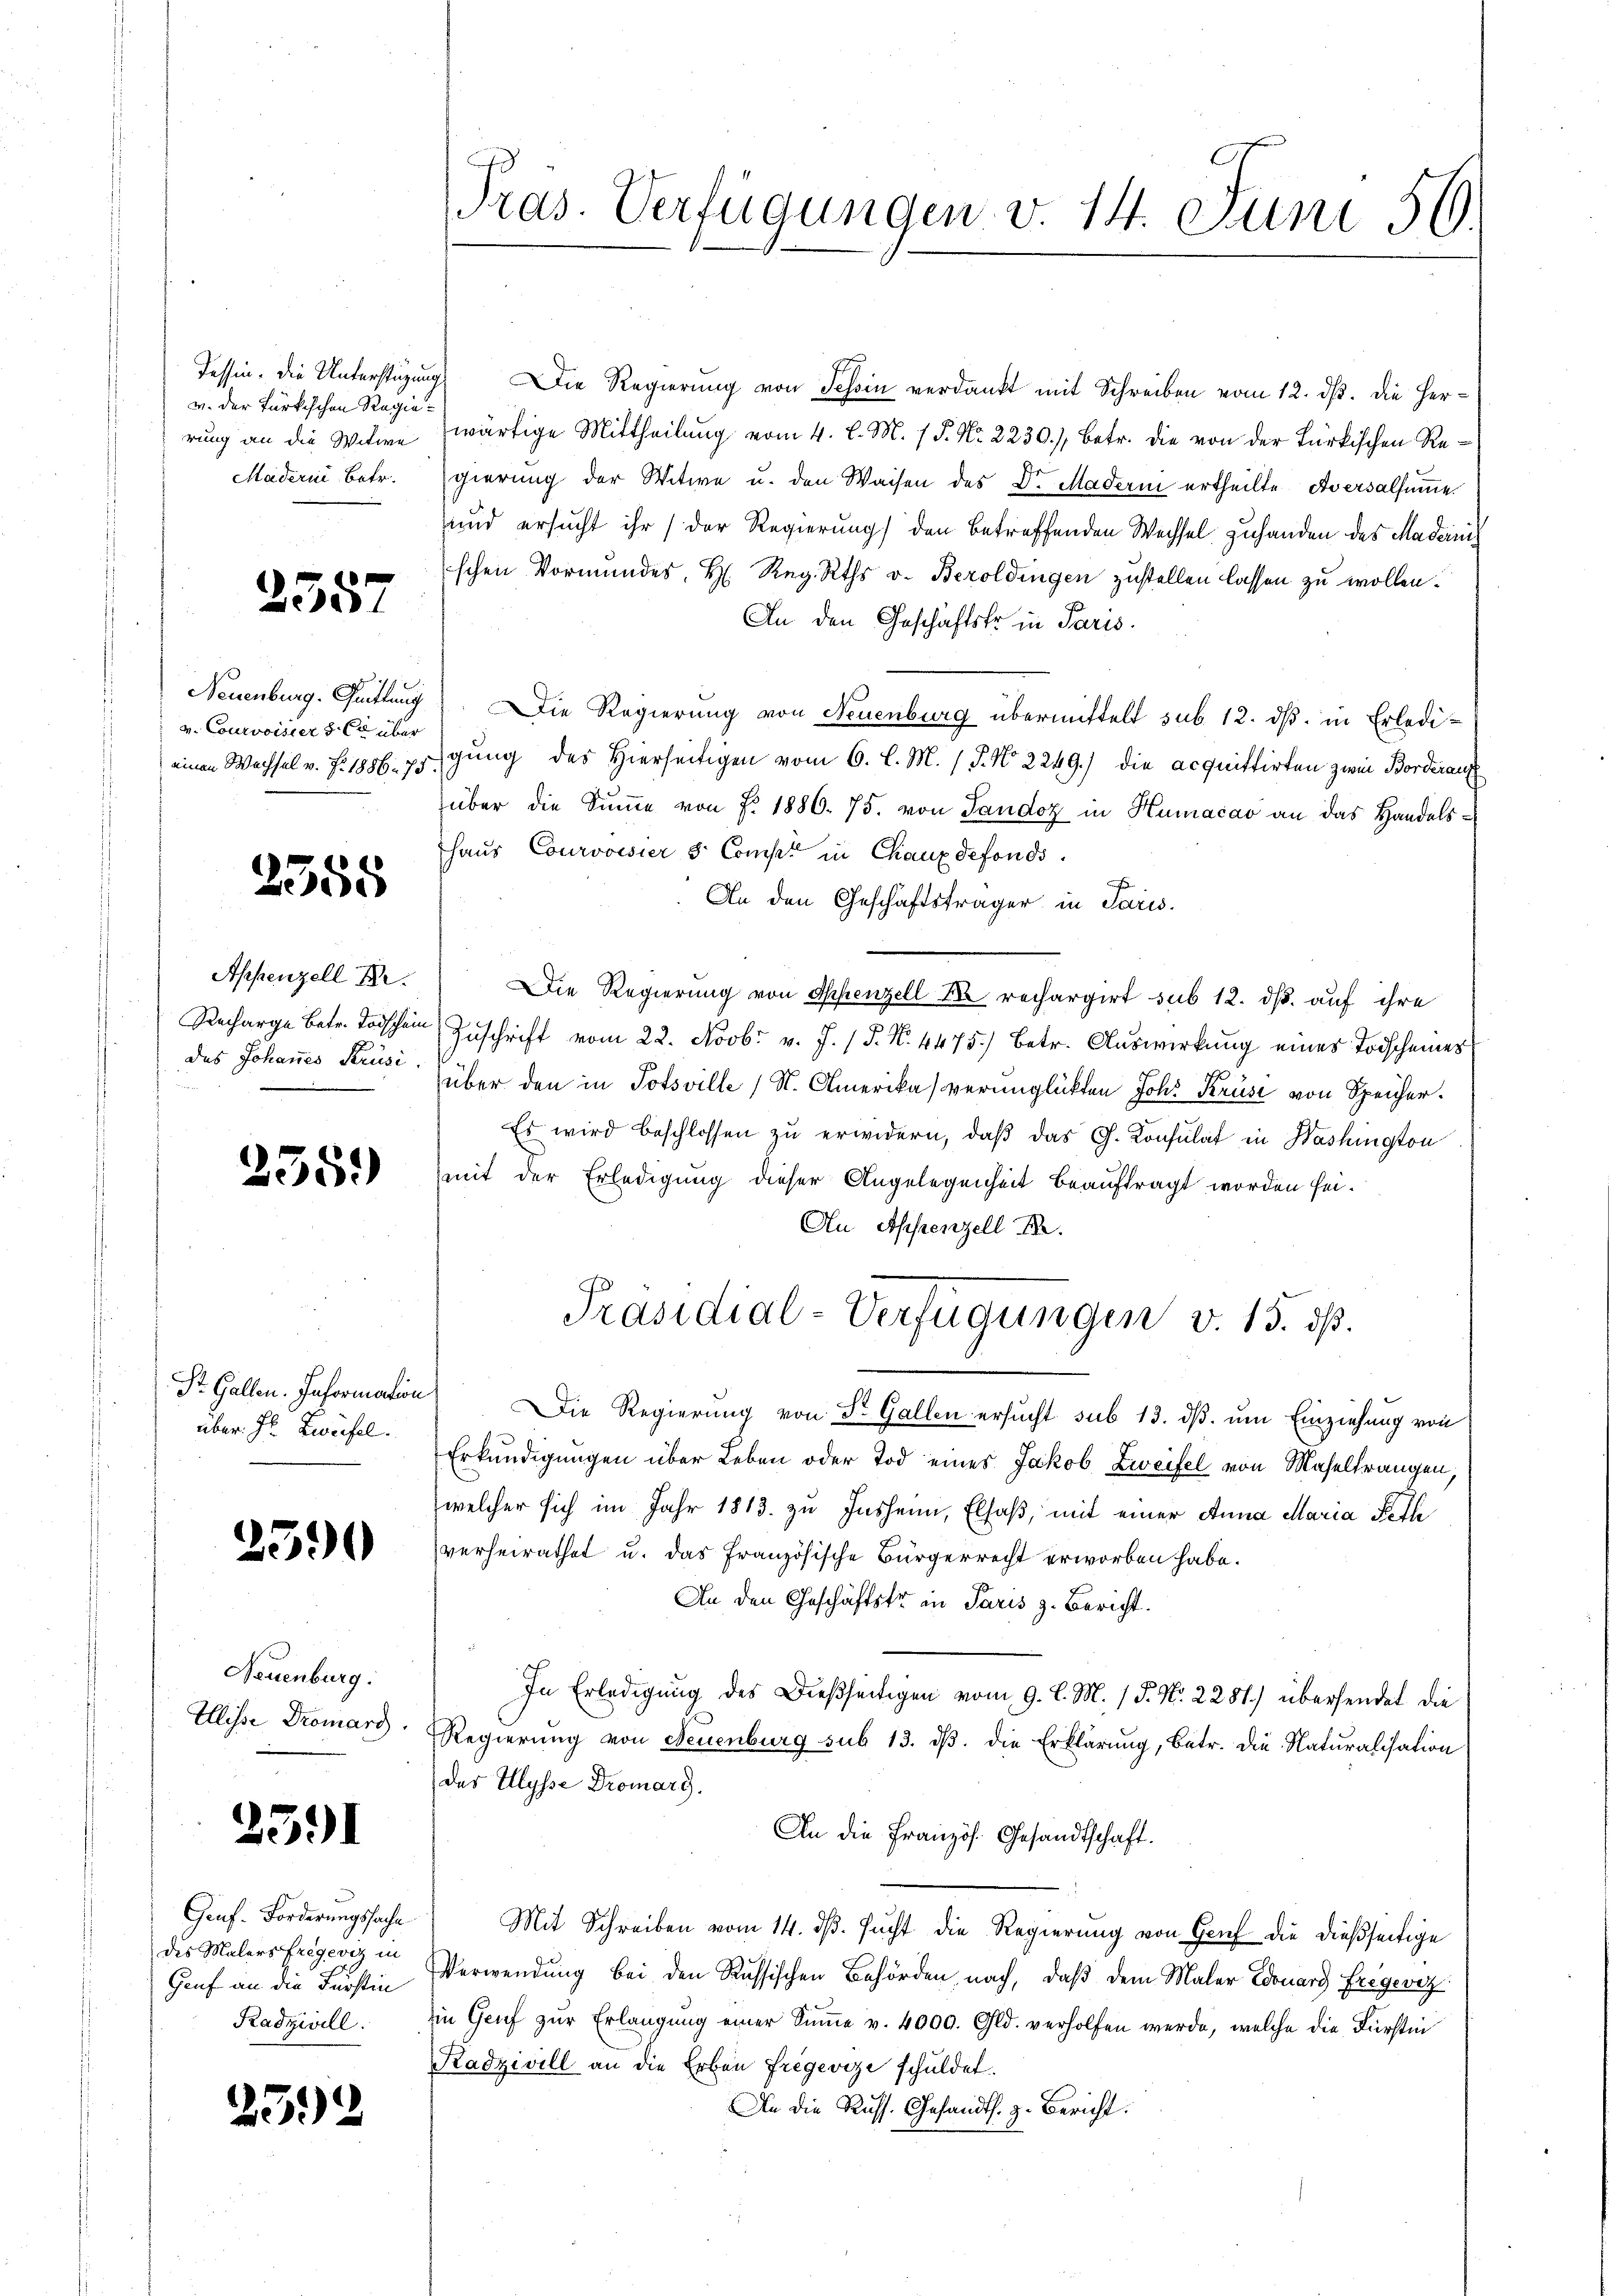
Tessin. Die Unterstüzung
v. der Türkischen Regierung an die Witwe
Maderin Betr.

Neuenburg. Quittung
v. Courvoisiers. Er über
einen Wachsel v. J. 1886. 75.

255.

.

2557

2355

Appenzell Br
Recharge Betr. Todschein
das Johannes Krüsi
.

Dr. Gallen. Information
über. Hr. Zweifel.

590

Neuenburg.
Ellisse Dromard.

2591

Gauf. Forderungssache
des Malers Fregeviz in
Genf an die Fürstin
Radziwill.

)

52

Pras. Verfügungen v. 14. Juni 56.

Die Regierung von Tessin verdankt mit Schreiben vom 12. ds. die Herwärtige Mittheilung vom 4. d. M. 1 P. Nr. 2230), betr. die von der Türkischen Regierung der Witwe u. den Waisen des Dr. Maderm ertheilte Aversalsumme
und ersucht ihr der Regierung den betreffenden Wechsel zuhanden des Madernis
schen Vormundes, H. Reg. Rths v. Beroldingen zustellen lassen zu wollen.
An den Geschäftstr in Paris.
Die Regierung von Neuenburg übermittelt sub. 12. dβ in Erledigung des Hierseitigen vom 6. l. M. (T. No 2249) die acquittirten zwei Borderauf
über die Sŭṁe von J. 1886. 75. von Landoz in Humacao an das Handels-
haus Courvoisier & Compt in Chaux defonds.
An den Geschäftsträger in Paris.
Die Regierung von Appenzell de rechargirt sub 12. ds. auf ihre
Zuschrift vom 22. Novbr. v. J. (T. N. 4475.) Betr. Auswirkung eines Todscheines
über den in Potsville (S. Amerika verunglükten Joh. Kruse von Speicher.
Es wird beschlossen zu erwidern, daß das G. Konsulat in Washington
mit der Erledigung dieser Angelegenheit beauftragt worden sei.
An Appenzell I.
Präsidial-Verfügungen v. 15. ds.
Die Regierung von St. Gallen ersucht sub 13. ds. um Einziehung von
Erkundigungen über Leben oder Tod eines Jakob Zweifel von Maseltrangen,
welcher sich im Jahr 1813. zu Insheim, Elsaß, mit einer Anna Maria Peth
verheirathet u. das französische Bürgerrecht erworben habe.
An den Geschäftstr in Paris z. Bericht.
In Erledigung des Dießseitigen vom 9. l. M. / P. Nr. 2281) übersendet die
Regierung von Neuenburg sub 13. dβ. die Erklärung, betr. die Naturalisation
der Ulysse Dromarg.
An die Französ. Gesandtschaft.
Mit Schreiben vom 14. ds. sucht die Regierung von Gruf die dießseitige
Verwendung bei den Russischen Behörden, nach, daβ dem Maler Edouary Frègevez
in Genf zŭr Erlangung einer Sŭṁe v. 4000. Gld. verholfen werde, welche die Fürstin
Radzivill an die Erben Frègevize schuldet.
An die Russ. Gesandts. z. Bericht.